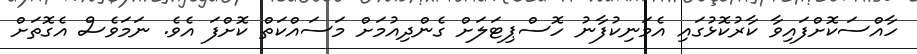
ހާއްސަކޮށްފައިވާ ކާރުކޮޅުގައި އެމަނިކުފާނު ހޮސްޕިޓަލަށް ގެންދިއުމަށް މަސައްކަތް ކޮށްފަ އެވެ. ނަމަވެސް އެގޮތަށް